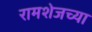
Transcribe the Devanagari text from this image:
रामशेजच्या